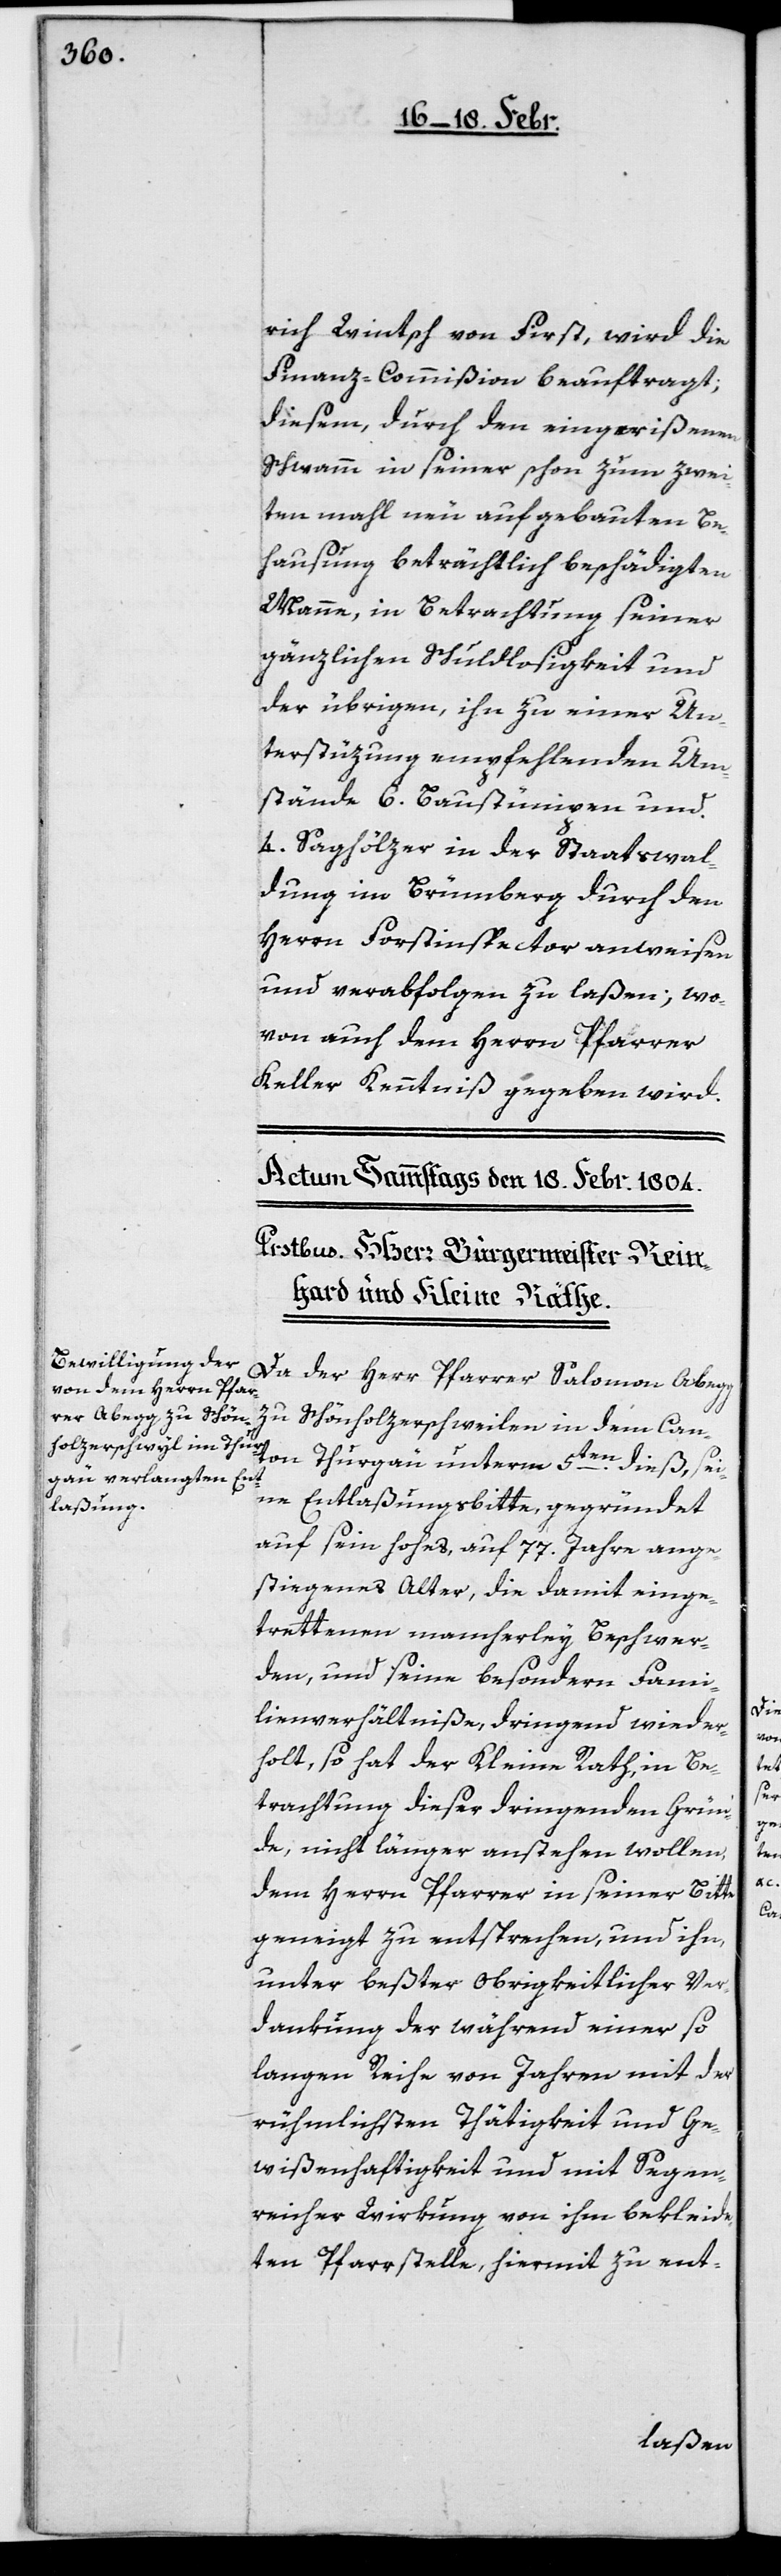
rich Wintsch von First, wird die
Finanz-Commißion beauftragt,
diesem, durch den eingerißenen
Schwamm in seiner schon zum zwei¬
ten mahl neu aufgebauten Be¬
hausung beträchtlich beschädigten
Manne, in Betrachtung seiner
gänzlichen Schuldlosigkeit und
der übrigen, ihn zu einer Un¬
terstüzung empfehlenden Um¬
stände 6. Baustümpen und
4. Saghölzer in der Staatswal¬
dung im Brümberg durch den
Herrn Forstinspector anweisen
und verabfolgen zu laßen; wo¬
von auch dem Herrn Pfarrer
Keller Kenntniß gegeben wird.
Da der Herr Pfarrer Salomon Abegg
zu Schönholzerschweilen in dem Can¬
ton Thurgäu unterm 5ten. dieß, sei¬
ne Entlaßungsbitte, gegründet
auf sein hohes, auf 77. Jahre ange¬
stiegenes Alter, die damit einge¬
trettenen mancherley Beschwer¬
den, und seine besondern Fami¬
lienverhältniße, dringend wieder¬
holt, so hat der Kleine Rath in Be¬
trachtung dieser dringenden Grün¬
de nicht länger anstehen wollen,
dem Herrn Pfarrer in seiner Bitte
geneigt zu entsprechen, und ihn,
unter beßter obrigkeitlicher Ver¬
dankung der während einer so
langen Reihe von Jahren mit der
rühmlichsten Thätigkeit und Ge¬
wißenhaftigkeit und mit Segen¬
reicher Wirkung von ihm bekleide¬
ten Pfarrstelle, hiermit zu ent-